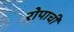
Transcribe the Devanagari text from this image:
रोपाची